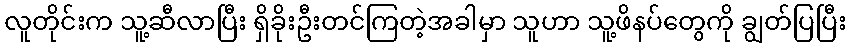
လူတိုင်းက သူ့ဆီလာပြီး ရှိခိုးဦးတင်ကြတဲ့အခါမှာ သူဟာ သူ့ဖိနပ်တွေကို ချွတ်ပြပြီး